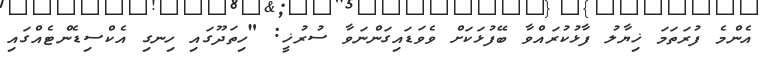
އެންމެ ފުރަތަމަ ޚިޔާލު ފާޅުކުރައްވާ ބޭފުޅަކަށް ވެވަޑައިގަންނަވާ ސުރުޚީ: "ހިތަދޫގައި ހިނގި އެކްސިޑެންޓެއްގައި